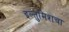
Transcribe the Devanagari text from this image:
इल्तुमिशचा